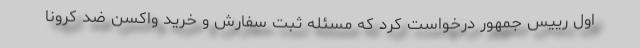
اول رییس جمهور درخواست کرد که مسئله ثبت سفارش و خرید واکسن ضد کرونا